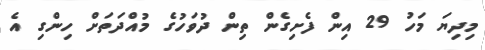
މިދިޔަ މަހު 29 އިން ފެށިގެން ތިން ދުވަހުގެ މުއްދަތަށް ހިންގި އެ